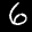
Label: 6